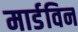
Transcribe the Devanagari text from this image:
मार्डविन